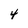
Character: 4